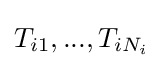
T_{i1},...,T_{iN_{i}}